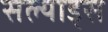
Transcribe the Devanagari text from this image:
सल्याड्स